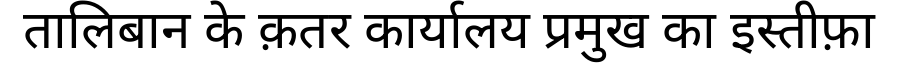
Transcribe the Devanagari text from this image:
तालिबान के क़तर कार्यालय प्रमुख का इस्तीफ़ा